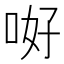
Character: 𠲡